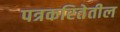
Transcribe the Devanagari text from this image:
पत्रकरितेतील